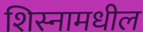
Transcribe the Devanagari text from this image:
शिस्नामधील